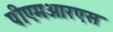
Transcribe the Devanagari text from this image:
पीएमआरएस